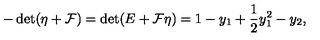
- \det ( \eta + { \cal F } ) = \det ( E + { \cal F } \eta ) = 1 - y _ { 1 } + \frac 1 2 y _ { 1 } ^ { 2 } - y _ { 2 } ,